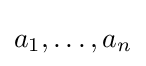
a_{1},\dotsc ,a_{n}